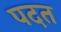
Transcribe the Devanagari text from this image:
पदत